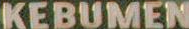
KEBUMEN